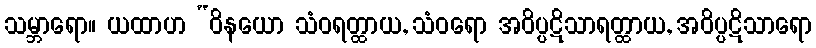
သမ္ဘာရော။ ယထာဟ “ဝိနယော သံဝရတ္ထာယ, သံဝရော အဝိပ္ပဋိသာရတ္ထာယ, အဝိပ္ပဋိသာရော